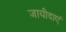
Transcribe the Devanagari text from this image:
जायीदाएं